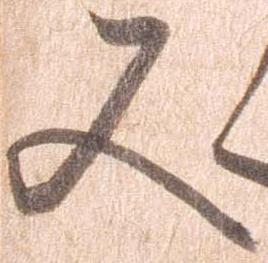
又